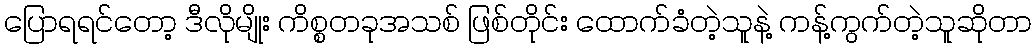
ပြောရရင်တော့ ဒီလိုမျိုး ကိစ္စတခုအသစ် ဖြစ်တိုင်း ထောက်ခံတဲ့သူနဲ့ ကန့်ကွက်တဲ့သူဆိုတာ